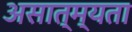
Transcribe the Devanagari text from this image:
असात्म्यता